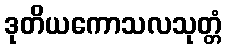
ဒုတိယကောသလသုတ္တံ